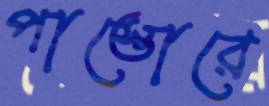
পাস্তোরে